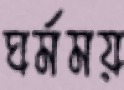
ঘর্মময়